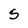
Character: S